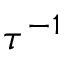
\tau ^ { - 1 }